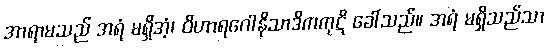
အာရာမသည် အရံ မရှိအံ့၊ ဝိဟာရဂေါနိသာဒိကကုဋိ ခေါ်သည်။ အရံ မရှိသည်သာ